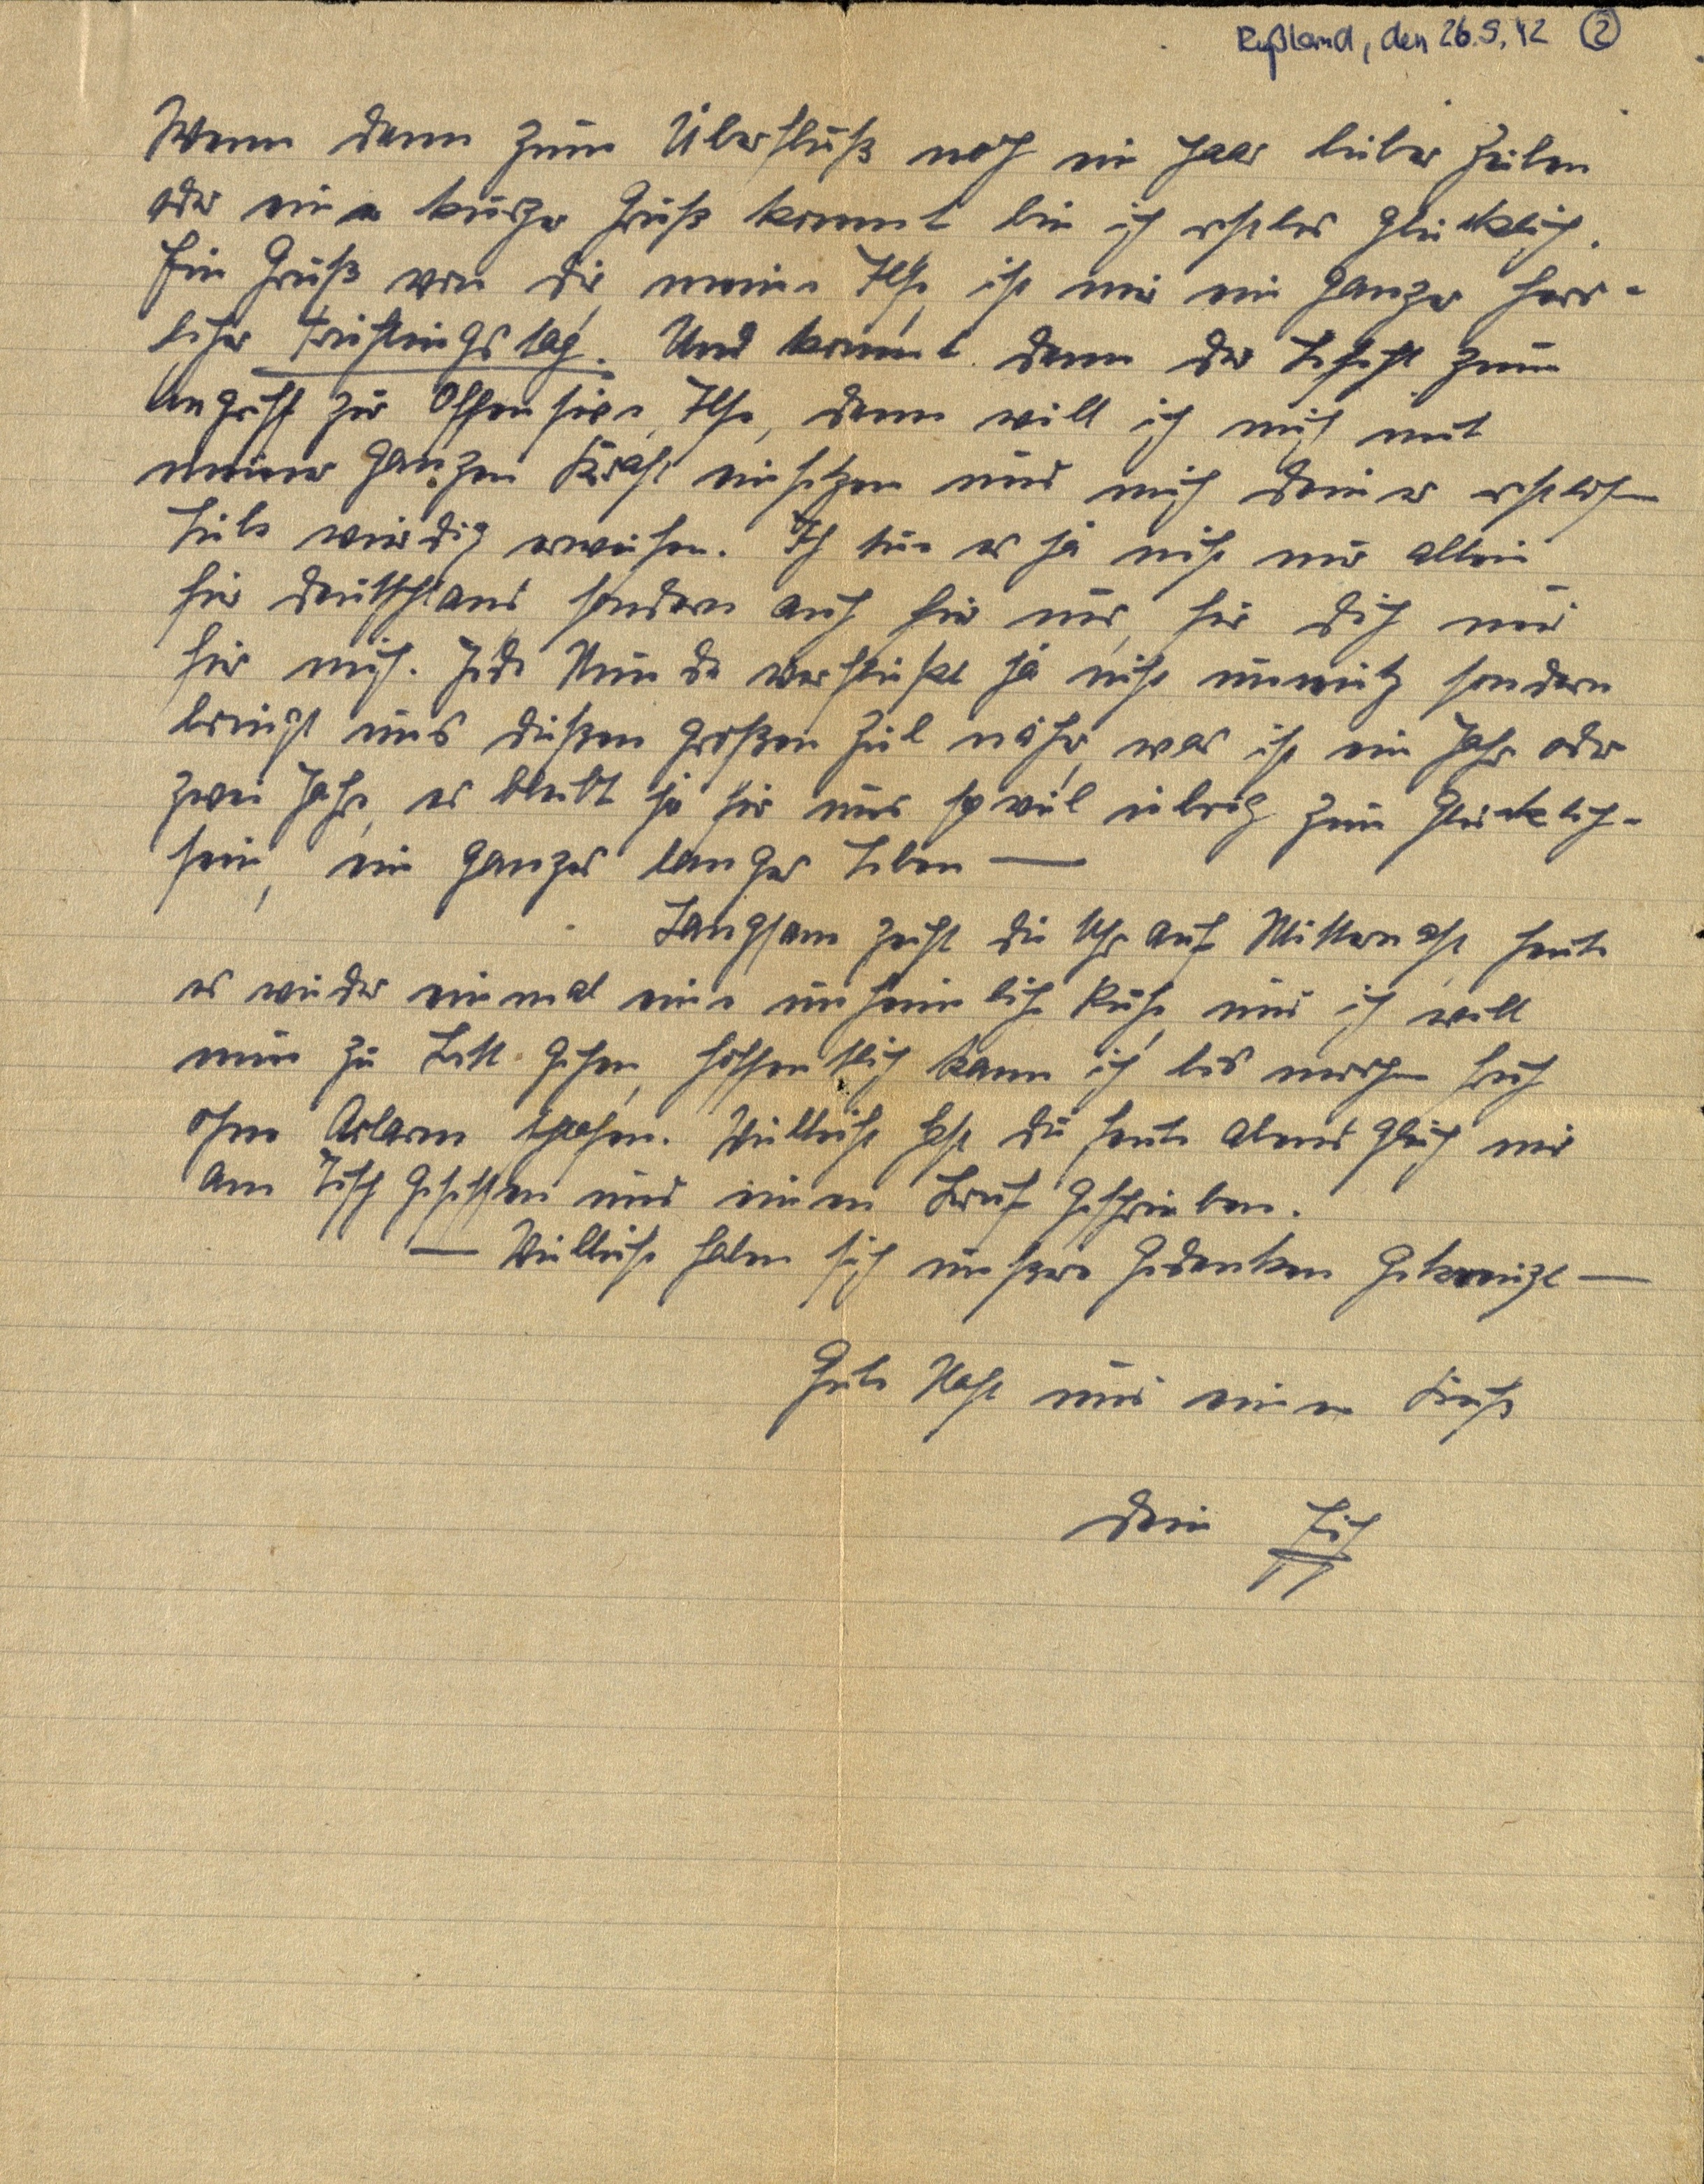
Rußland, den 26.5.42 (2)
Wenn dann zum Überfluß noch ein paar lieber Zeilen
oder ein kurzer Gruß kommt bin ich restlos glücklich.
Ein Gruß von dir meine Ilse, ist mir ein ganzer herr¬
licher Frühlingstag. Und kommt dann der Befehl zum
Angriff zur Offensive, Ilse, dann will ich mich mit
meiner ganzen Kraft einsetzen und mich deiner ehrlichen
Liebe würdig erweisen. Ich tue es ja nicht nur allein
für Deutschland, sondern auch für uns, für dich und
für mich. Jede Stunde verfließt ja nicht unnütz sondern
bringt uns dießen großen Ziel näher, was ist ein Jahr oder
zwei Jahre, es bleibt ja für uns so viel übrig zum Glücklich¬
sein, ein ganzes langes Leben —
Langsam zeigt die Uhr auf Mitternacht, heute
es wieder einmal eine unheimliche Ruhe, und ich will
nun zu Bett gehen, hoffentlich kann ich bis morgen früh
ohne Arlarm schlafen. Vielleicht hast du heute abend gleich mir
am Tisch gesessen und einen Brief geschrieben.
— Vielleicht haben sich unsere Gedanken gekreuzt —
Gute Nacht und einen Kuß
Dein Erich